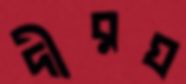
দীরঘ